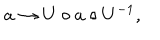
LaTeX: a \rightarrow U \circ a \circ U ^ { - 1 } ,